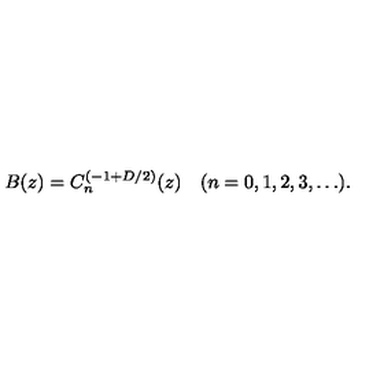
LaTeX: B ( z ) = C _ { n } ^ { ( - 1 + D / 2 ) } ( z ) \quad ( n = 0 , 1 , 2 , 3 , \ldots ) .